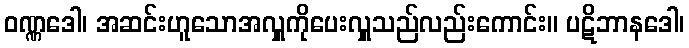
ဝဏ္ဏဒေါ၊ အဆင်းဟူသောအလှူကိုပေးလှူသည်လည်းကောင်း။ ပဋိဘာနဒေါ၊